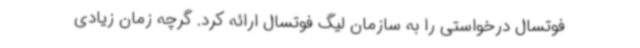
فوتسال درخواستی را به سازمان لیگ فوتسال ارائه کرد. گرچه زمان زیادی